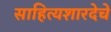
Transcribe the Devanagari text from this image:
साहित्यशारदेचे